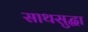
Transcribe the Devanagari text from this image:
साथसुद्धा